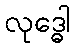
လုဒ္ဓေါ